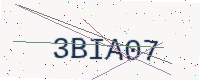
Text: 3BIA07